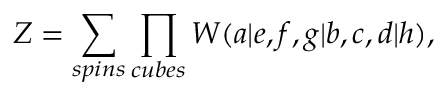
Z = \sum _ { s p i n s } \prod _ { c u b e s } W ( a | e , f , g | b , c , d | h ) ,